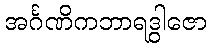
အင်္ဂဏိကဘာရဒွါဇော